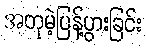
အတုမဲ့ပြန့်ပွားခြင်း